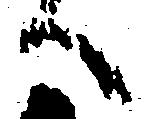
へ